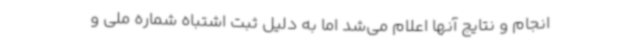
انجام و نتایج آنها اعلام می‌شد اما به دلیل ثبت اشتباه شماره ملی و